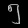
Digit: ၅